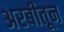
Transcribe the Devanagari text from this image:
अरबीतून